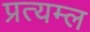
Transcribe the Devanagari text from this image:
प्रत्यम्ल